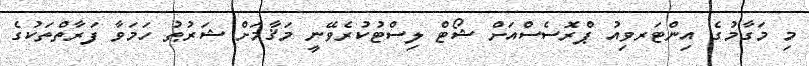
މި މަގާމުގެ އިންޓަރވިއު ޕްރޮސެސްއަށް ޝޯޓް ލިސްޓުކުރެވޭނީ މަޤާމަށް ޝަރުޠު ހަމަވާ ފަރާތްތަކުގެ